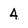
Character: 4